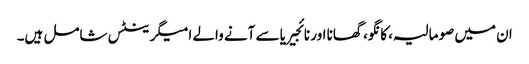
ان میں صومالیہ، کانگو، گھانا اور نائجیریا سے آنے والے امیگرینٹس شامل ہیں۔